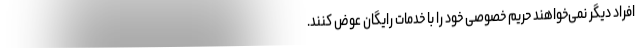
افراد دیگر نمی‌خواهند حریم خصوصی خود را با خدمات رایگان عوض کنند.